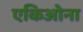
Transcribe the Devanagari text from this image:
एकिओना